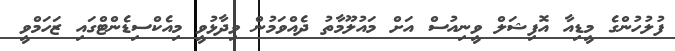
ފުލުހުންގެ މީޑިއާ އޮފިޝަލް ވީނިއުސް އަށް މައުލޫމާތު ދެއްވަމުން ވިދާޅުވީ މިއެކްސިޑެންޓްގައި ޒަހަމްވީ